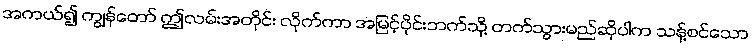
အကယ်၍ ကျွန်တော် ဤလမ်းအတိုင်း လိုက်ကာ အမြင့်ပိုင်းဘက်သို့ တက်သွားမည်ဆိုပါက သန့်စင်သော